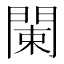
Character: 𨴨